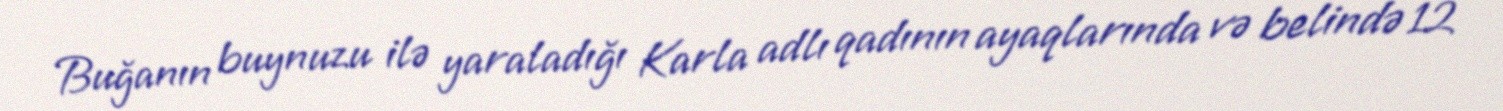
Buğanın buynuzu ilə yaraladığı Karla adlı qadının ayaqlarında və belində 12